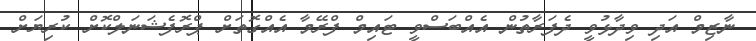
ނާޒިމް އަދި ވިދާޅުވީ ދެފަރާތުން އެއްބަސްވީ ޓައިމް ފްރޭމާ އެއްގޮތަށް ޕްރޮފެޝަނަލްކޮށް ކުރިޔަށް